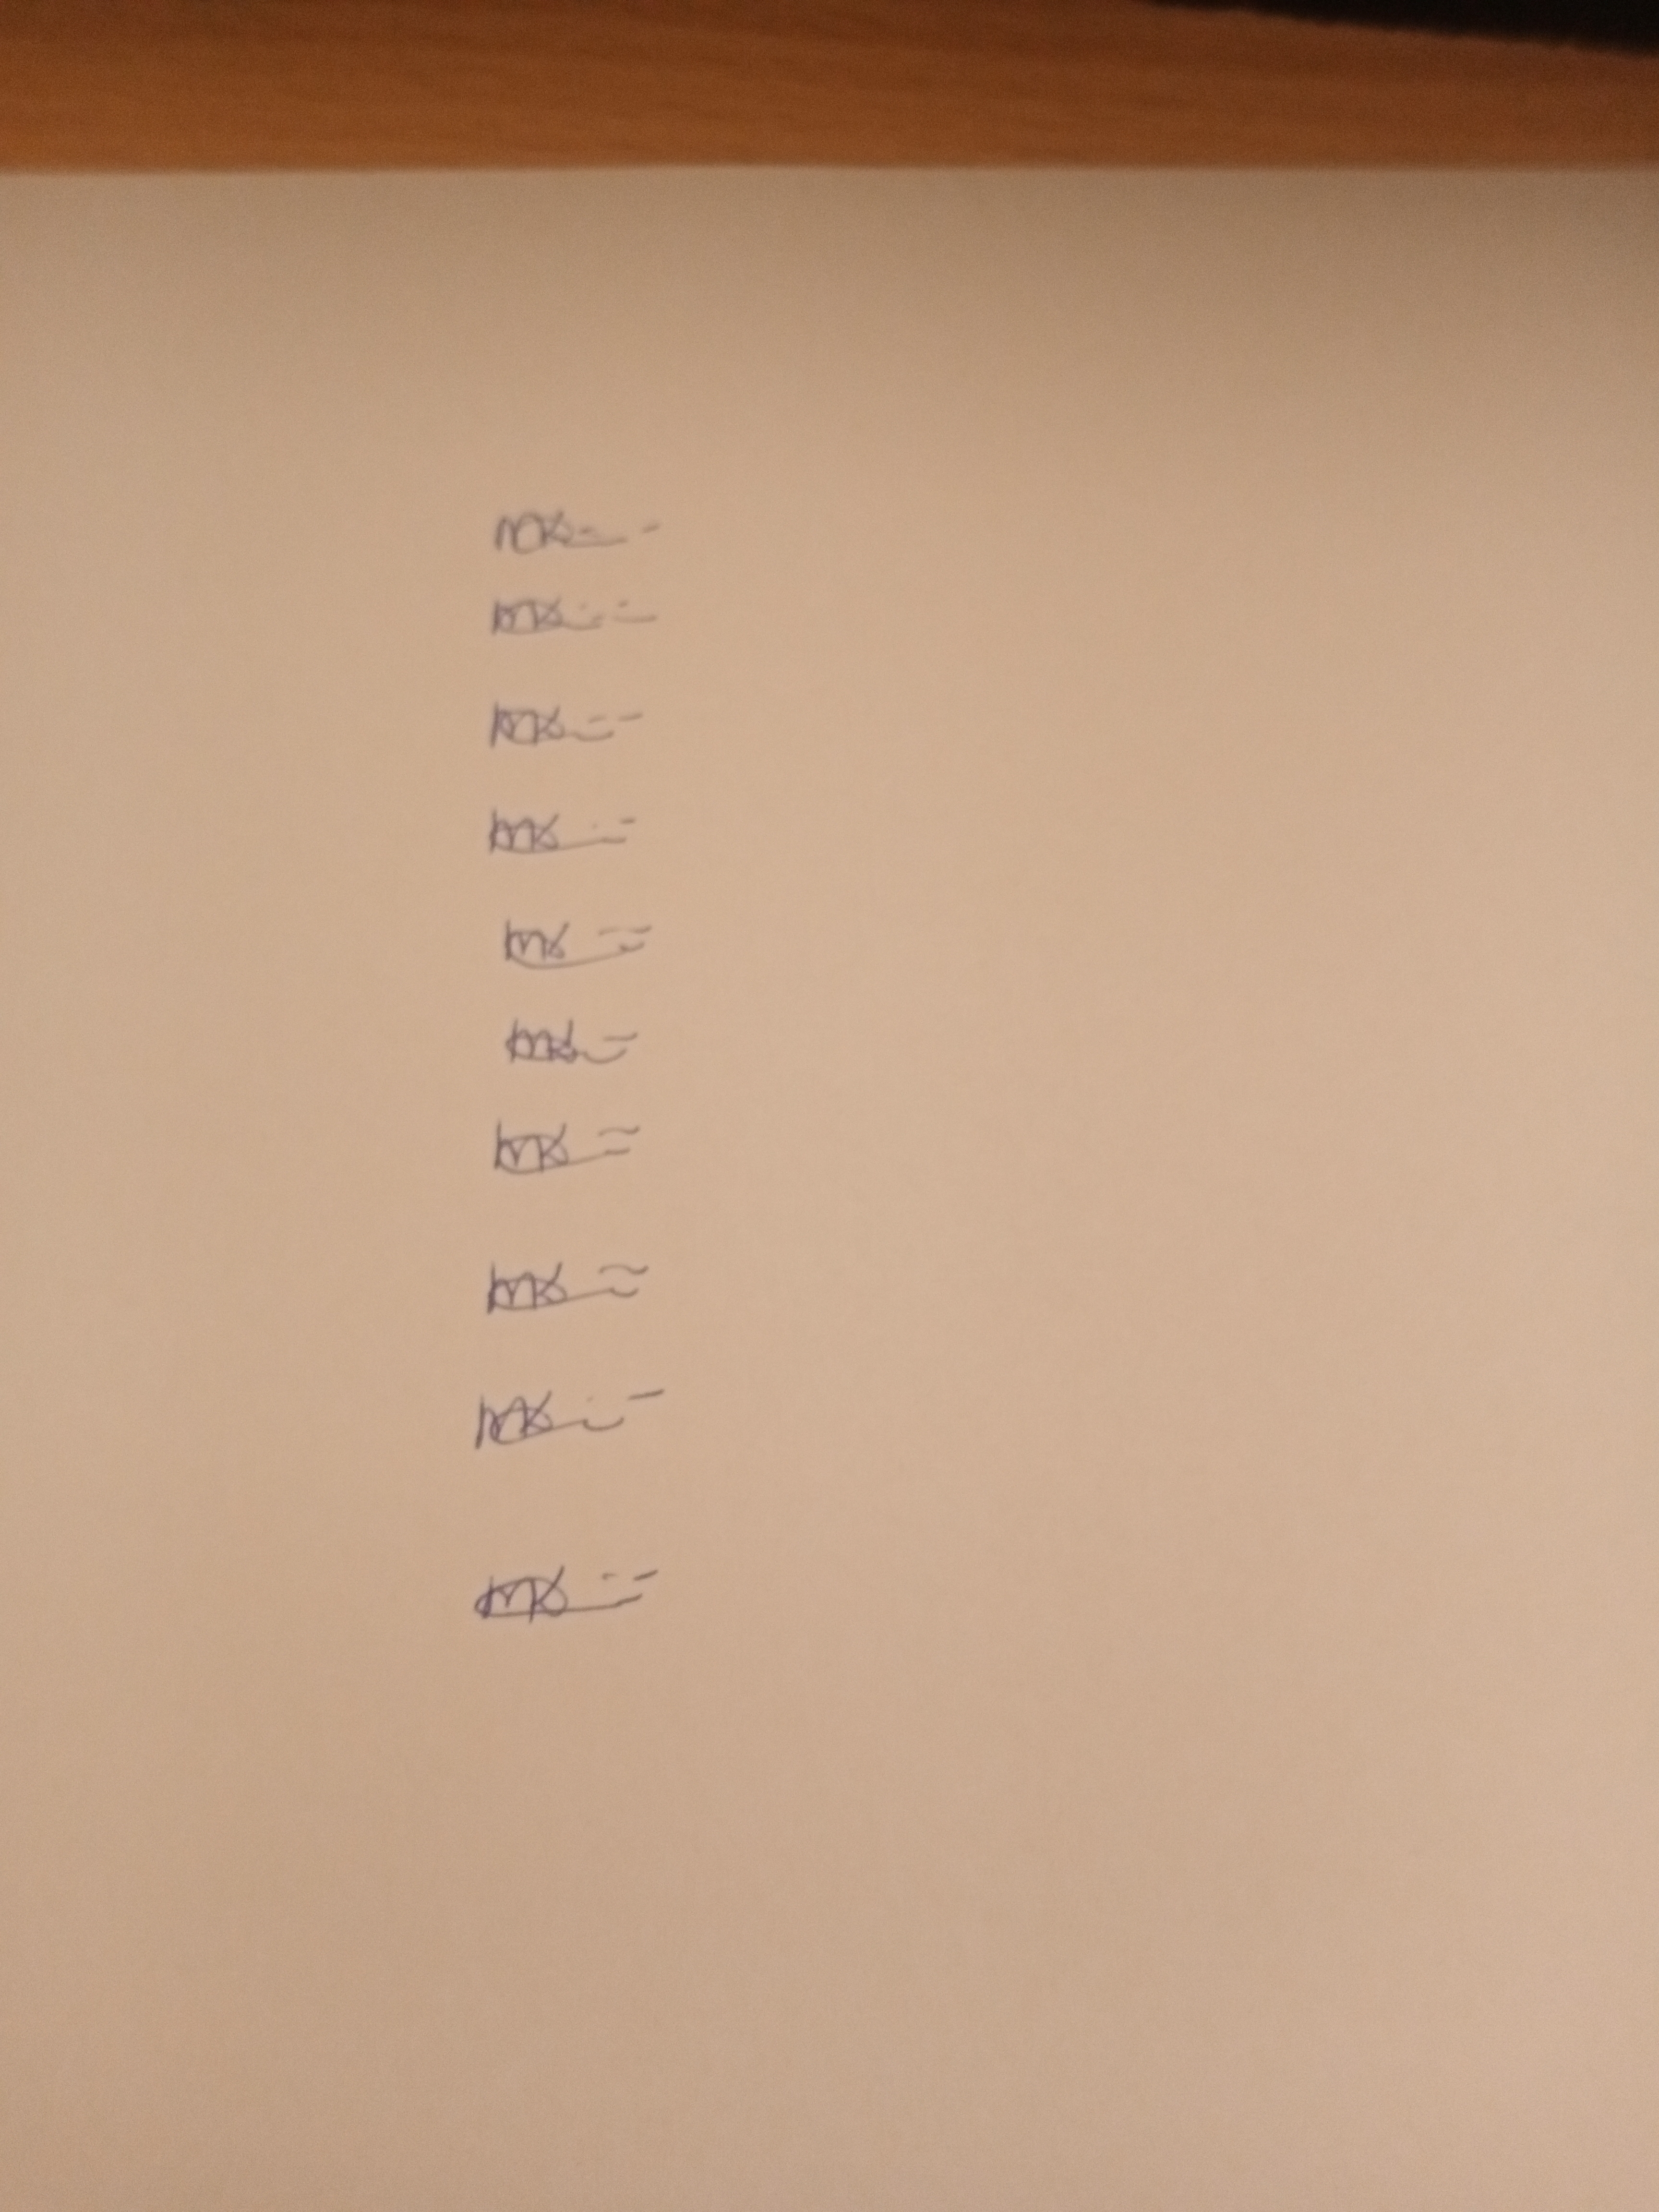
Signature authenticity: genuine